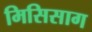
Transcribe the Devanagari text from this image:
मिसिसाग